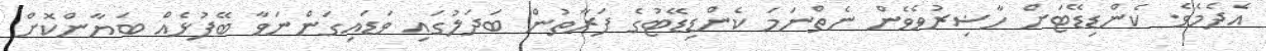
އެދެމެވެ. ކެންޑިޑޭޓަށް ހާޟިރުވެވެން ނެތްނަމަ ކެންޑިޑޭޓުގެ ފަރާތުން ބަދަލުގައި ވަޑައިގަންނަވާ ބޭފުޅެއް ބަޔާންކޮށް